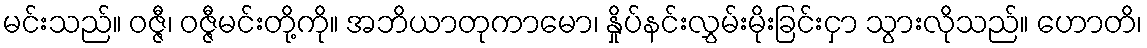
မင်းသည်။ ဝဇ္ဇီ၊ ဝဇ္ဇီမင်းတို့ကို။ အဘိယာတုကာမော၊ နှိုပ်နင်းလွှမ်းမိုးခြင်းငှာ သွားလိုသည်။ ဟောတိ၊